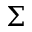
\Sigma